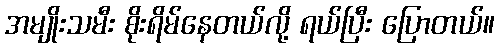
အမျိုးသမီး စိုးရိမ်နေတယ်လို့ ရယ်ပြီး ပြောတယ်။